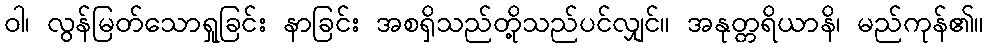
ဝါ၊ လွန်မြတ်သောရှုခြင်း နာခြင်း အစရှိသည်တို့သည်ပင်လျှင်။ အနုတ္တရိယာနိ၊ မည်ကုန်၏။